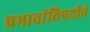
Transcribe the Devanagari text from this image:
प्रभावांविषयीचे